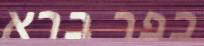
כפר ברא